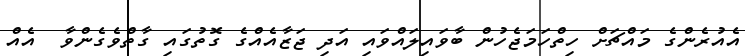
އެއުރެންގެ މައްޗަށް ހިތްހަމަޖެހުން ބާވައިލައްވައި އަދި ޖަޒާއެއްގެ ގޮތުގައި ގާތްވެގެންވާ  އެއް